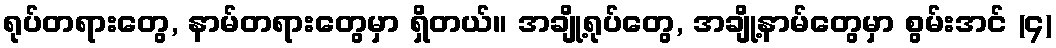
ရုပ်တရားတွေ, နာမ်တရားတွေမှာ ရှိတယ်။ အချို့ရုပ်တွေ, အချို့နာမ်တွေမှာ စွမ်းအင် (၄)